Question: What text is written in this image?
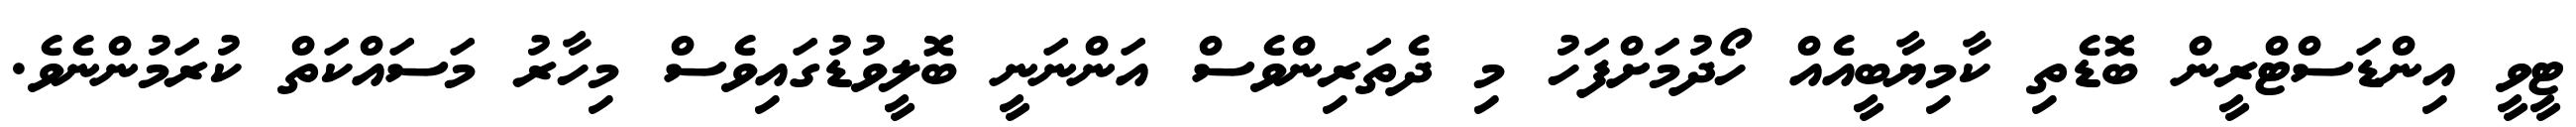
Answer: ޓީވީ އިންޑަސްޓްރީން ބޮޑެތި ކާމިޔާބީއެއް ހޯދުމަށްފަހު މި ދެތަރިންވެސް އަންނަނީ ބޮލީވުޑުގައިވެސް މިހާރު މަސައްކަތް ކުރަމުންނެވެ.